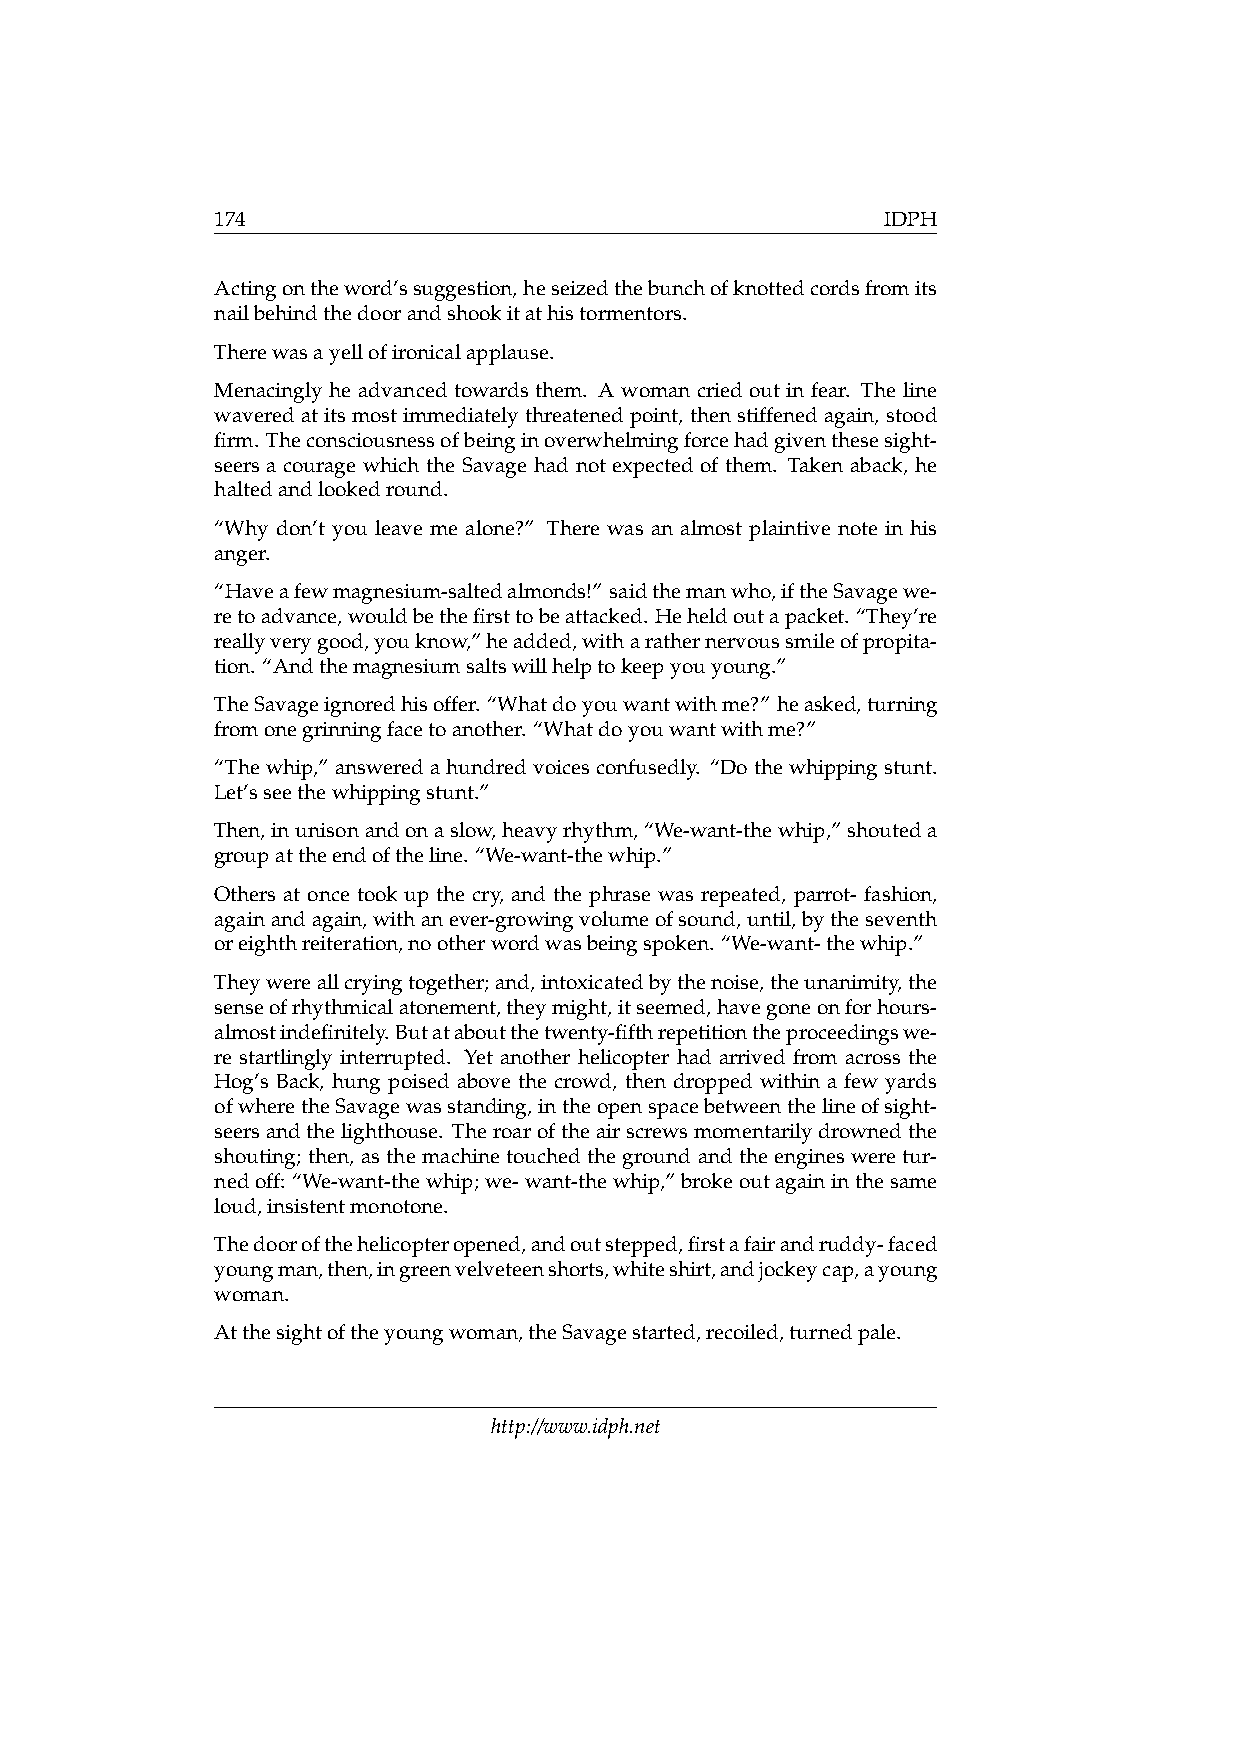
174                                          IDPH
 Actingontheword’ssuggestion,heseizedthebunchofknottedcordsfromits
 nailbehindthedoorandshookitathistormentors.
 Therewasayellofironicalapplause.
 Menacingly he advanced towards them. A woman cried out in fear. The line
 waveredat itsmost immediatelythreatenedpoint, thenstiffenedagain, stood
 firm. Theconsciousnessofbeinginoverwhelmingforcehadgiventhesesight-
 seers a courage which the Savage had not expected of them. Taken aback, he
 haltedandlookedround.
 “Why don’t you leave me alone?” There was an almost plaintive note in his
 anger.
 “Haveafewmagnesium-saltedalmonds!” saidthemanwho,iftheSavagewe-
 retoadvance,wouldbethefirsttobeattacked. Heheldoutapacket. “They’re
 reallyverygood,youknow,”headded,witharathernervoussmileofpropita-
 tion. “Andthemagnesiumsaltswillhelptokeepyouyoung.”
 TheSavageignoredhisoffer. “Whatdoyouwantwithme?” heasked,turning
 fromonegrinningfacetoanother. “Whatdoyouwantwithme?”
 “Thewhip,” answeredahundredvoicesconfusedly. “Dothewhippingstunt.
 Let’sseethewhippingstunt.”
 Then,inunisonandonaslow,heavyrhythm,“We-want-thewhip,”shouteda
 groupattheendoftheline. “We-want-thewhip.”
 Others at once took up the cry, and the phrase was repeated, parrot- fashion,
 againandagain,withanever-growingvolumeofsound,until,bytheseventh
 oreighthreiteration,nootherwordwasbeingspoken. “We-want-thewhip.”
 Theywereallcryingtogether;and,intoxicatedbythenoise,theunanimity,the
 senseofrhythmicalatonement,theymight,itseemed,havegoneonforhours-
 almostindefinitely.Butataboutthetwenty-fifthrepetitiontheproceedingswe-
 re startlingly interrupted. Yet another helicopter had arrived from across the
 Hog’s Back, hung poised above the crowd, then dropped within a few yards
 ofwheretheSavagewasstanding,intheopenspacebetweenthelineofsight-
 seersandthelighthouse. Theroaroftheairscrewsmomentarilydrownedthe
 shouting; then, as the machine touched the ground and the engines were tur-
 nedoff: “We-want-thewhip;we-want-thewhip,”brokeoutagaininthesame
 loud,insistentmonotone.
 Thedoorofthehelicopteropened,andoutstepped,firstafairandruddy-faced
 youngman,then,ingreenvelveteenshorts,whiteshirt,andjockeycap,ayoung
 woman.
 Atthesightoftheyoungwoman,theSavagestarted,recoiled,turnedpale.
 http://www.idph.net